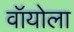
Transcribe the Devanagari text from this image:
वॉयोला